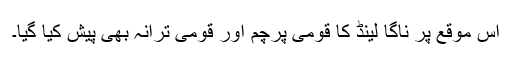
اس موقع پر ناگا لینڈ کا قومی پرچم اور قومی ترانہ بھی پیش کیا گیا۔